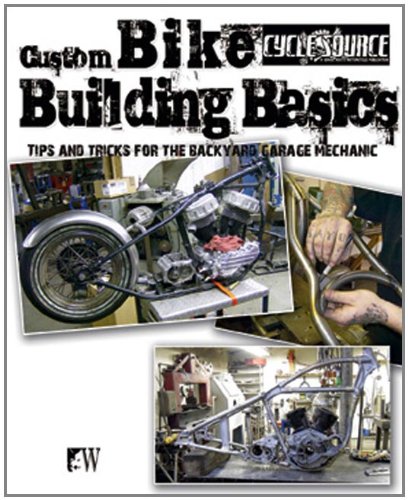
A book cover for Custom Bike Building Basics; Chris Callen; Engineering & Transportation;